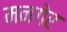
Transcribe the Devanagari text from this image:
मनगेर